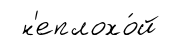
н'еплохо́й